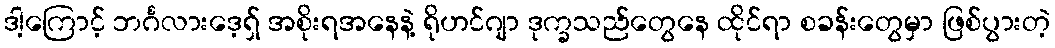
ဒါ့ကြောင့် ဘင်္ဂလားဒေ့ရှ် အစိုးရအနေနဲ့ ရိုဟင်ဂျာ ဒုက္ခသည်တွေနေ ထိုင်ရာ စခန်းတွေမှာ ဖြစ်ပွားတဲ့